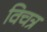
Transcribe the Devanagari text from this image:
विचत्र